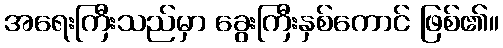
အရေးကြီးသည်မှာ ခွေးကြီးနှစ်ကောင် ဖြစ်၏။